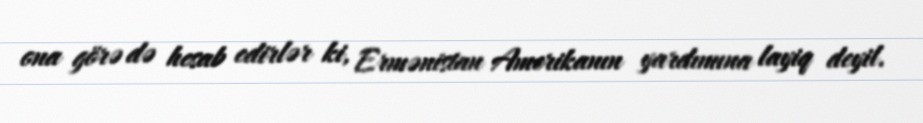
ona görə də hesab edirlər ki, Ermənistan Amerikanın yardımına layiq deyil.